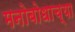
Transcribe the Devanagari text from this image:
मनोबोधाच्या